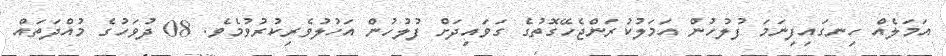
އަމަލެއް ހިނގައިފިނަމަ ފުލުހުން އަމަލުކުރަންޖެހޭގޮތުގެ ގަވައިދަށް ފުލުހުން އަހުލުވެރިކުރުވުމެވެ. 08 ދުވަހުގެ މުއްދަތައް